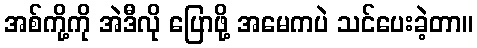
အစ်ကို့ကို အဲဒီလို ပြောဖို့ အမေကပဲ သင်ပေးခဲ့တာ။